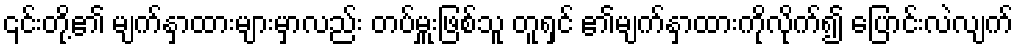
၎င်းတို့၏ မျက်နှာထားများမှာလည်း တပ်မှူးဖြစ်သူ တူရှင် ၏မျက်နှာထားကိုလိုက်၍ ပြောင်းလဲလျက်